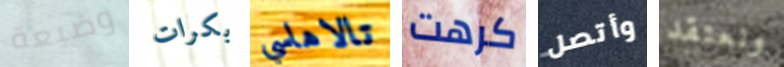
وضيعة بكرات تالاهاسي كرهت وأتصل ونعتقد